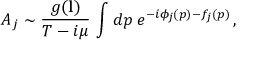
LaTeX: { \cal A } _ { j } \sim \frac { g ( { \bf l } ) } { T - i \mu } \, \int d p \; e ^ { - i \phi _ { j } ( p ) - f _ { j } ( p ) } \, ,